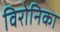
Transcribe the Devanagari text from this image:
विरोनिका